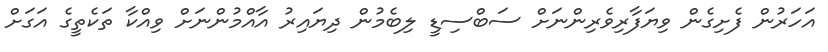
އަހަރުން ފެށިގެން ވިޔަފާރިވެރިންނަށް ސަބްސިޑީ ލިބެމުން ދިޔައިރު އާއްމުންނަށް ވިއްކާ ތަކެތީގެ އަގަށް